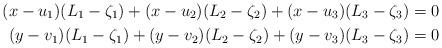
LaTeX: \begin{align*}(x-u_1)(L_1-\zeta_1)+(x-u_2)(L_2-\zeta_2)+(x-u_3)(L_3-\zeta_3)=0 \\(y-v_1)(L_1-\zeta_1)+(y-v_2)(L_2-\zeta_2)+(y-v_3)(L_3-\zeta_3)=0 \end{align*}